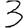
Digit: 3